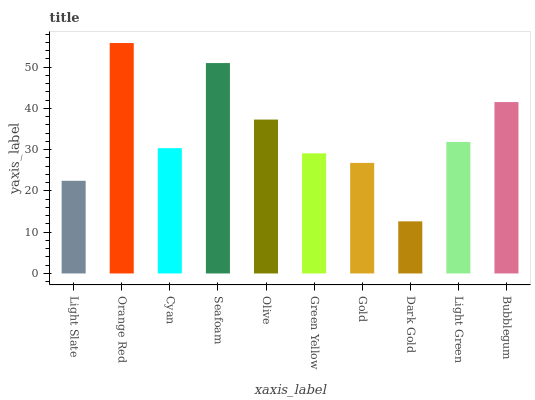
| xaxis_label | bars |
 | --- | --- |
 | Light Slate | 22.5 |
 | Orange Red | 55.9 |
 | Cyan | 30.4 |
 | Seafoam | 51 |
 | Olive | 37.3 |
 | Green Yellow | 29.1 |
 | Gold | 26.8 |
 | Dark Gold | 12.6 |
 | Light Green | 31.9 |
 | Bubblegum | 41.6 |